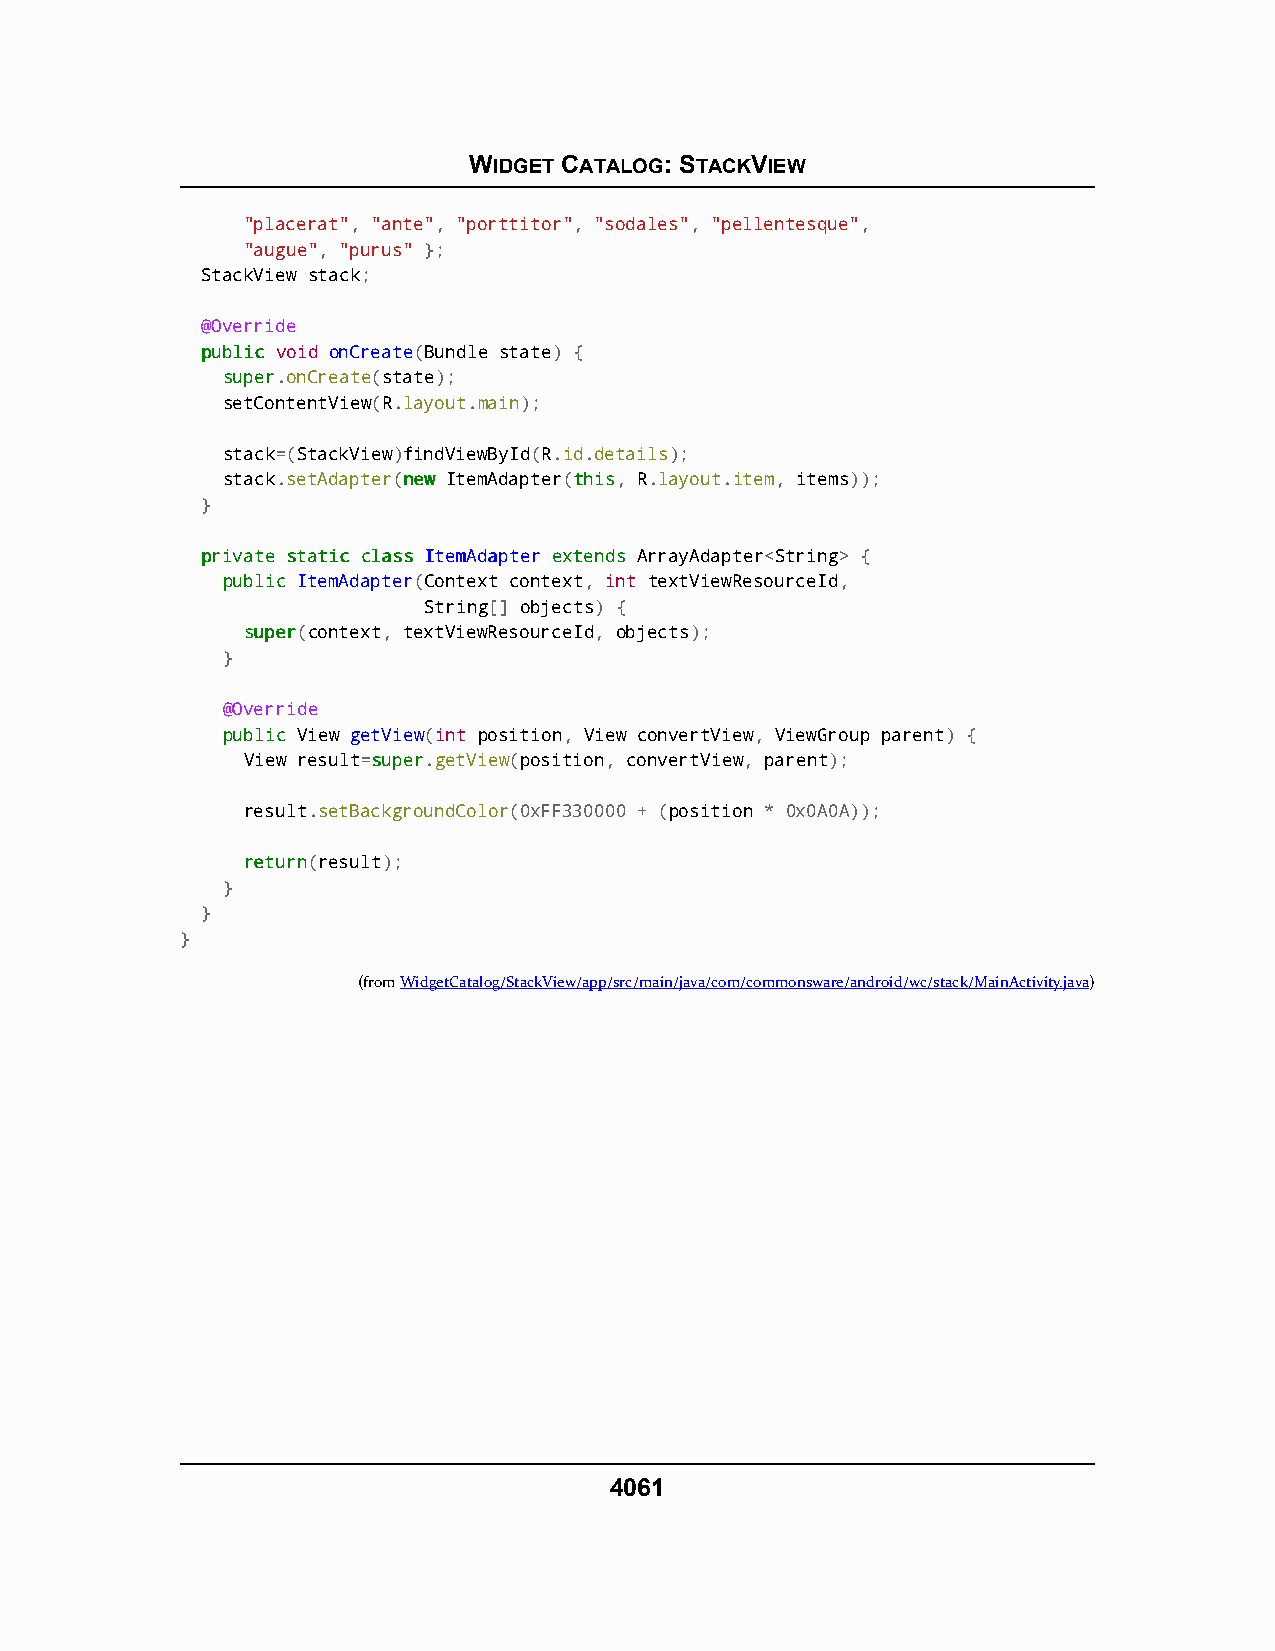
WIDGET CATALOG: STACKVIEW
 "placerat", "ante", "porttitor", "sodales", "pellentesque",
 "augue", "purus" };
 StackView stack;
 @Override
 ppuubblliicc void onCreate(Bundle state) {
 ssuuppeerr.onCreate(state);
 setContentView(R.layout.main);
 stack=(StackView)findViewById(R.id.details);
 stack.setAdapter(nneeww ItemAdapter(tthhiiss, R.layout.item, items));
 }
 pprriivvaattee ssttaattiicc ccllaassss IItteemmAAddaapptteerr eexxtteennddss ArrayAdapter<String> {
 ppuubblliicc ItemAdapter(Context context, int textViewResourceId,
 String[] objects) {
 ssuuppeerr(context, textViewResourceId, objects);
 }
 @Override
 ppuubblliicc View getView(int position, View convertView, ViewGroup parent) {
 View result=ssuuppeerr.getView(position, convertView, parent);
 result.setBackgroundColor(0xFF330000 + (position * 0x0A0A));
 rreettuurrnn(result);
 }
 }
 }
 (fromWidgetCatalog/StackView/app/src/main/java/com/commonsware/android/wc/stack/MainActivity.java)
 4061